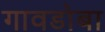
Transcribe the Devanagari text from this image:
गावडोबा